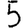
Digit: 5